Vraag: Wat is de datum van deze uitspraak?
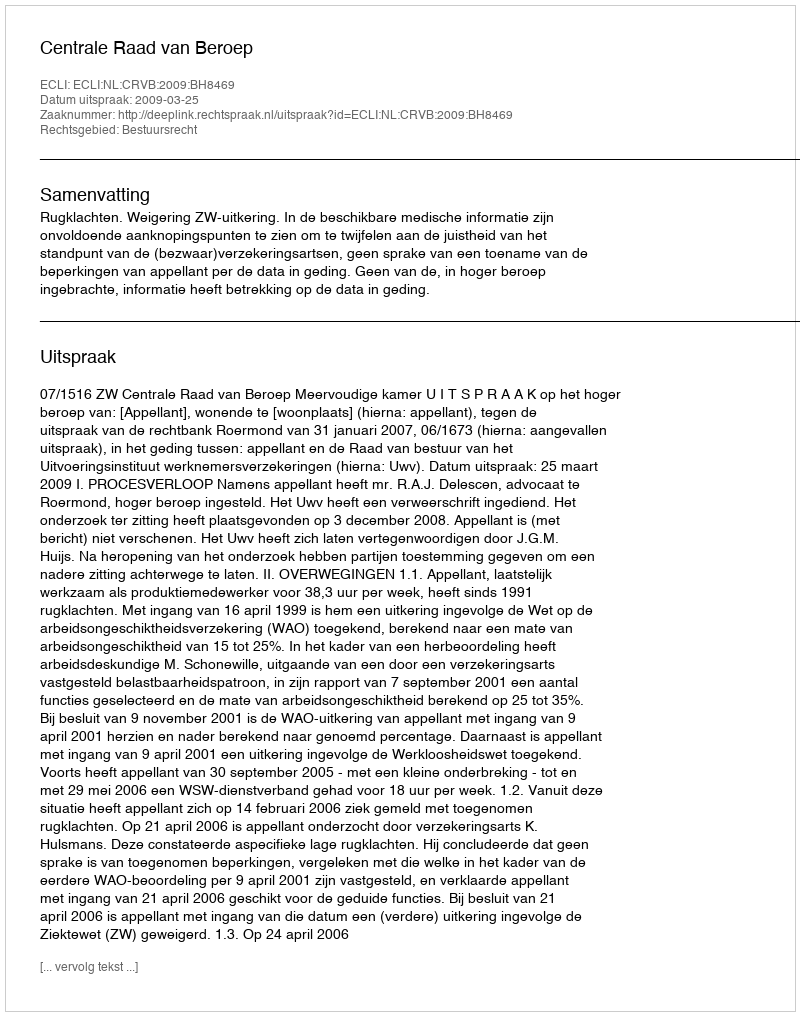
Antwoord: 2009-03-25